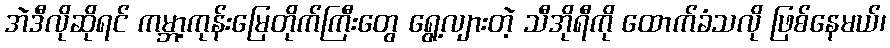
အဲဒီလိုဆိုရင် ကမ္ဘာ့ကုန်းမြေတိုက်ကြီးတွေ ရွေ့လျားတဲ့ သီအိုရီကို ထောက်ခံသလို ဖြစ်နေမယ်၊